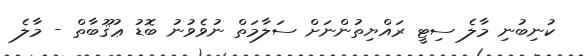
ކުނިބުނި މާލެ ސިޓީ ރައްޔިތުންނަށް ސަލާމަތް ނުވެވުނު ބޮޑު ޢުޤޫބާތް - މާލެ